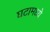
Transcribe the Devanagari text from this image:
घटामध्ये